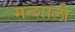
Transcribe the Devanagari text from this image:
मन्शाली